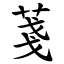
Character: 菚